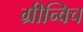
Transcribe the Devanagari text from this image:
ग्रीन्विच